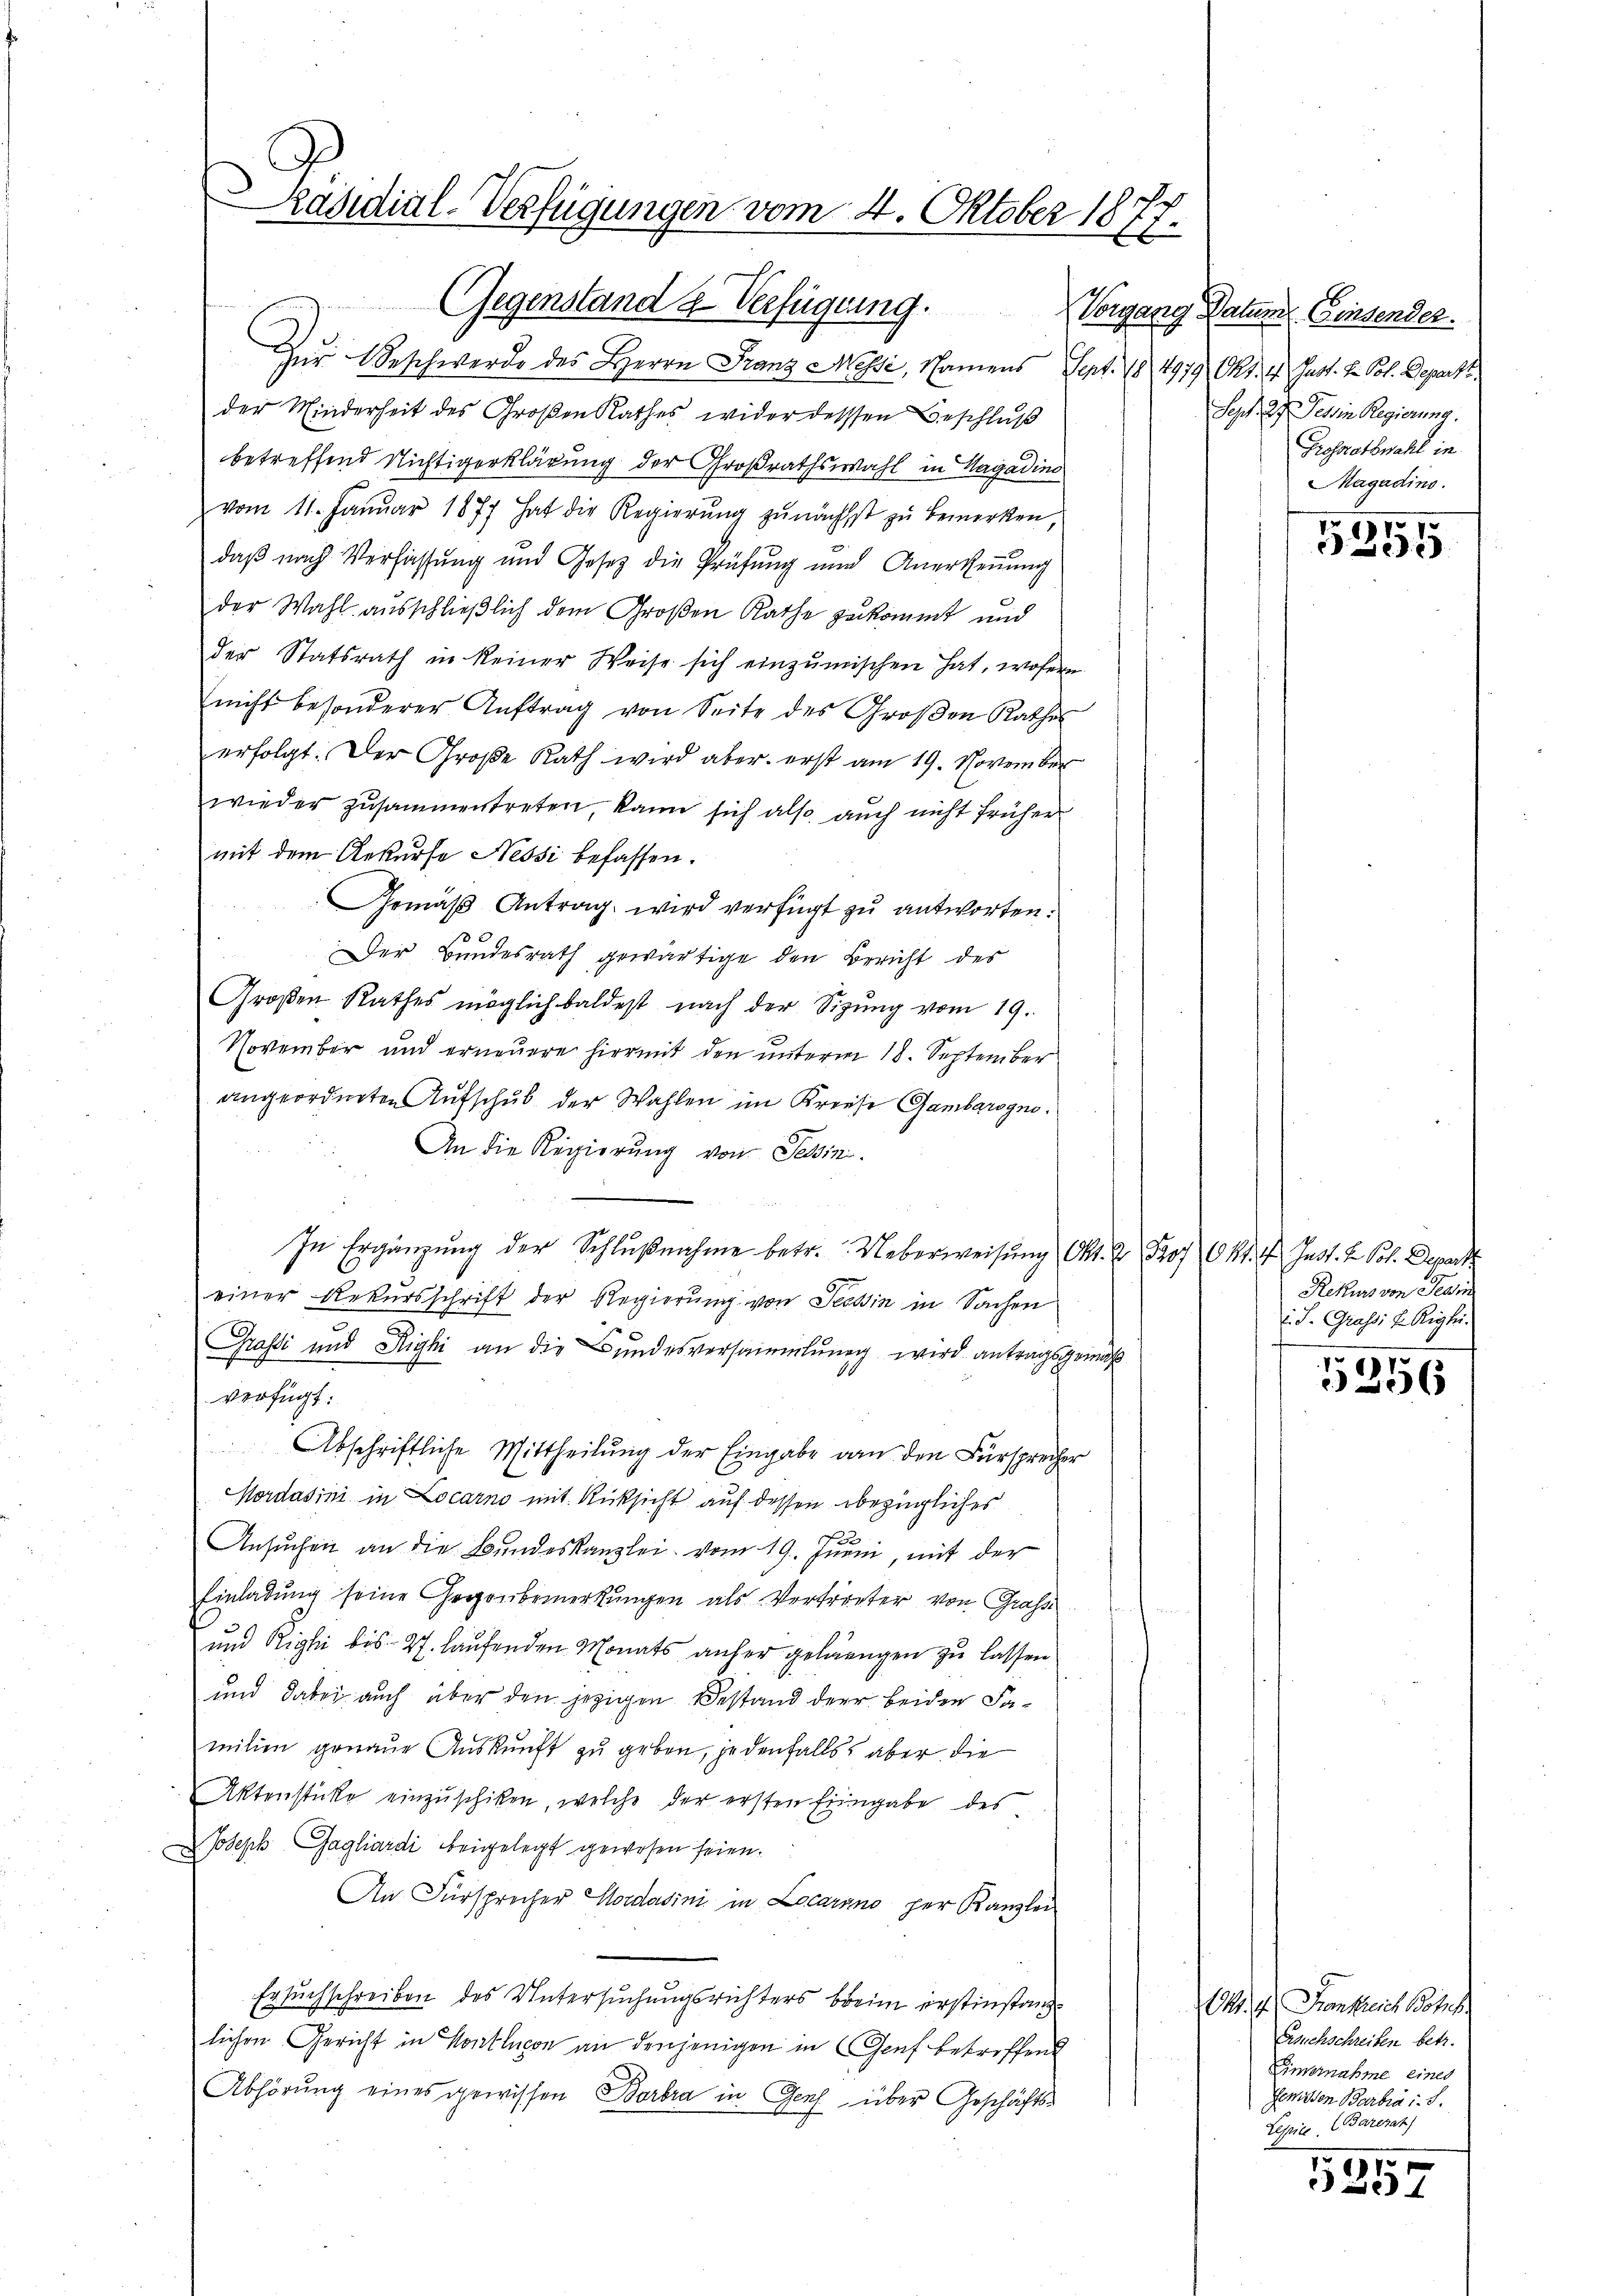
räsidial-Verfügungen vom 4. Oktober 1877.

(Gegenstand & Verfügung. Vorgang Natur Einsender.
Zur Beschwerde des Herrn Franz Messi, Namens Sept. 18 1979 Okt. 4. Just. H. Pol. Depart
der Minderheit des Großen Rathes wider desssen Beschluß
betreffend Nichtigerklärung der Großrathswahl in Hagadins
vom 11. Janŭar 1877 hat die Regierŭng zŭnächst zŭ bemerken,
daß nach Verfassung und Gesetz die Prüfung und Anerkennung
der Wahl ausschließlich dem Großen Rathe zukommt und
der Statsrath in keiner Weise sich einzŭmischen hat, wofern
nicht besonderer Aŭftrag von Seite des Groβen Rathes
erfolgt. Der Große Rath wird aber erst am 19. November
wieder zusammentreten, kann sich also auch nicht früher
mit dem Rekurse Nessi befassen.
Gemäß Antrag wird verfügt zu antworten.
Der Bundesrath gewärtige den Bericht der
Großen Rathes möglich baldest nach der Sizung vom 19.
November und erneuere hiermit den unterm 18. September
angeordneten Aufschub der Wahlen im Kreise Gambarogno.
An die Regierung von Sessini.
In Ergänzŭng der Schlŭβnahme betr. Ueberweisung Okt. 2 Prof. Okt. I. Inst. 2. Pol. Departi
einer Rekursschrift der Regierung von Tessin in Sachen
Grassi und Righi an die Bundesversammlung wird antragsgemäß
verfügt:
Abschriftliche Mittheilung der Eingabe an den Fürsprecher
Mordasini in Locarno mit Rücksicht auf dessen bezügliches
Ansuchen an die Bundeskanzlei vom 19. Junii, mit der
Einladung seine Gegenbemerkungen als Vertreter von Grafs
ŭnd Rigli bis 27. laŭfenden Monats anher gelangen zŭ lassen
und dabei auch über den jezigen Bestand der beiden Familien genaue Auskunft zu geben, jedenfalls aber die
Aktenstücke einzuschiken, welche der ersten Eingabe des
Joseph Gagliardi beigelegt gewesen seien.
An Fürsprocher Cordadini in Locarno per Kanzlei
Ersuchschreiben des Untersuchungsrichters beim erstinstanzlichen Gericht in Kontlucon an denjenigen in Genf betreffend
Abhörung eines gewissen Borbra in Genf über Geschäfts-

Sept. 27. Tessin Regierung.
Grossratswahl in
Magadino.

VI.
ed. 19.

Rekurs von Sein
. J. Grass. v. Rigli.

5256

Okt. A. Frankreich Bösch
Ersuchschreiben betr.
Eimernahme eines
Jenissen Barbia i. S.
Lessile, (Barezat)

5557